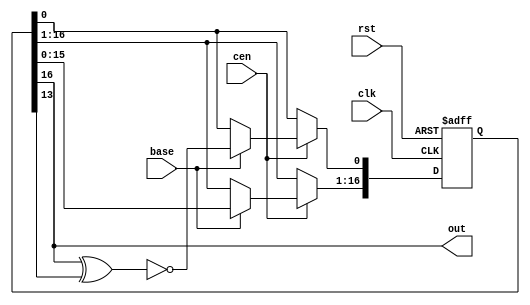
/*  This file is part of JT51.

    JT51 is free software: you can redistribute it and/or modify
    it under the terms of the GNU General Public License as published by
    the Free Software Foundation, either version 3 of the License, or
    (at your option) any later version.

    JT51 is distributed in the hope that it will be useful,
    but WITHOUT ANY WARRANTY; without even the implied warranty of
    MERCHANTABILITY or FITNESS FOR A PARTICULAR PURPOSE.  See the
    GNU General Public License for more details.

    You should have received a copy of the GNU General Public License
    along with JT51.  If not, see <http://www.gnu.org/licenses/>.
    
    Author: Jose Tejada Gomez. Twitter: @topapate
    Version: 1.0
    Date: 27-10-2016
    */


//  See xapp052.pdf from Xilinx

module jt51_noise_lfsr #(parameter init=14220 )(
    input   rst,
    input   clk,
    input   cen,
    input   base,
    output  out
);

reg [16:0] bb;
assign out = bb[16];

always @(posedge clk, posedge rst) begin : base_counter
    if( rst ) begin
        bb          <= init[16:0];
    end
    else if(cen) begin
        if(  base ) begin   
            bb[16:1]    <= bb[15:0];
            bb[0]       <= ~(bb[16]^bb[13]);
        end
    end
end

endmodule